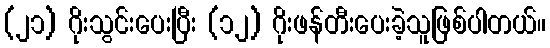
(၂၁) ဂိုးသွင်းပေးပြီး (၁၂) ဂိုးဖန်တီးပေးခဲ့သူဖြစ်ပါတယ်။